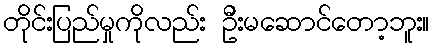
တိုင်းပြည်မှုကိုလည်း ဦးမဆောင်တော့ဘူး။